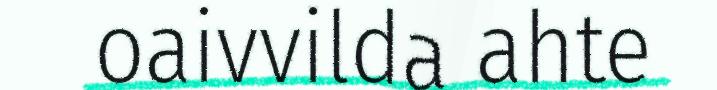
oaivvilda ahte